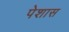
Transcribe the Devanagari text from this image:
पेशास